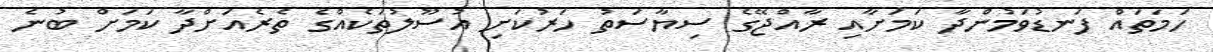
ހަމަތައް ފަނޑުވަމުންދާ ކަމަށާއި ރާއްޖޭގެ ސިޔާސަތު ހަރުކަށި އުސޫލުތަކެއްގެ ތެރެއަށްދާ ކަމަށް ބުނެ